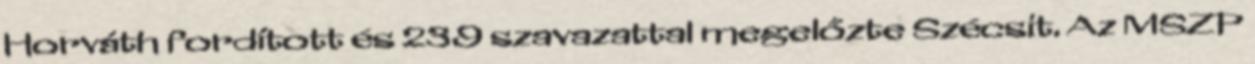
Horváth fordított és 239 szavazattal megelőzte Szécsit. Az MSZP